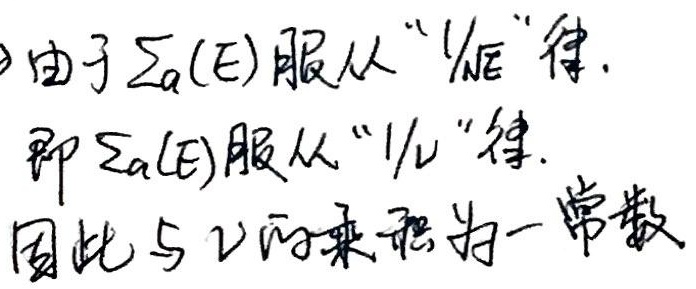
由于$\Sigma_{a}(E)$服从“$1/v$”律.
即$\Sigma_{a}(E)$服从“$1/v$”律.
因此与$v$的乘积为一常数